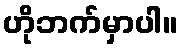
ဟိုဘက်မှာပါ။